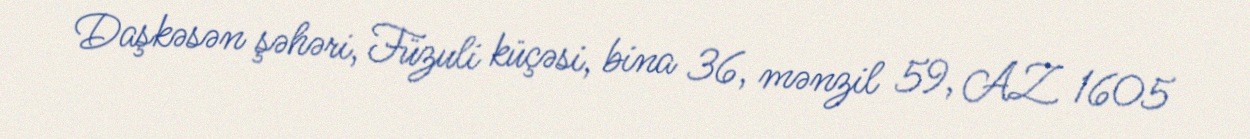
Daşkəsən şəhəri, Füzuli küçəsi, bina 36, mənzil 59, AZ 1605